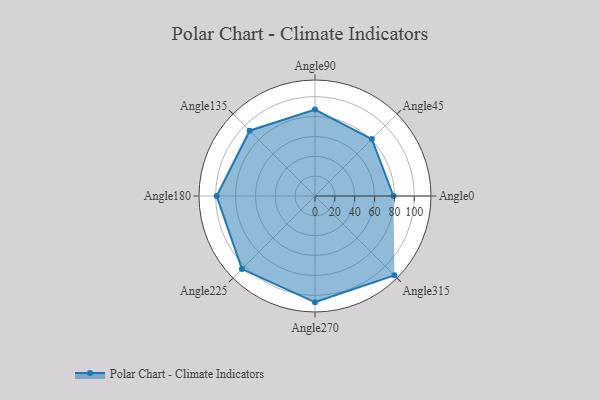
{"axis": {"x": "Angle", "y": "Radius"}, "legend": [""], "data": [{"x": "Angle0", "y": 79.0, "type": ""}, {"x": "Angle45", "y": 81.0, "type": ""}, {"x": "Angle90", "y": 87.0, "type": ""}, {"x": "Angle135", "y": 93.0, "type": ""}, {"x": "Angle180", "y": 99.0, "type": ""}, {"x": "Angle225", "y": 104.0, "type": ""}, {"x": "Angle270", "y": 107.0, "type": ""}, {"x": "Angle315", "y": 113.0, "type": ""}]}